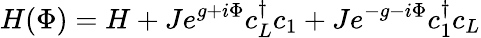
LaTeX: H(\Phi)=H+Je^{g+i\Phi}c_{L}^{\dagger}c_{1}+Je^{-g-i\Phi}c_{1}^{\dagger}c_{L}